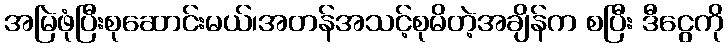
အမြဲဖုံပြီးစုဆောင်းမယ်၊အတန်အသင့်စုမိတဲ့အချိန်က စပြီး ဒီငွေကို